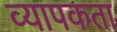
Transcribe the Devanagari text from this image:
व्‍यापकता